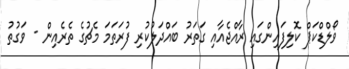
ވޯލްޑްކަޕް ކޮލިފައިންގައި ރާއްޖެއާއި ގަތަރު ބައްދަލުކުރި ފުރަތަމަ މެޗުގެ ތެރެއިން - ވަގުތު